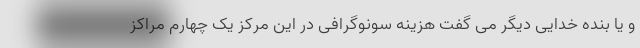
و یا بنده خدایی دیگر می گفت هزینه سونوگرافی در این مرکز یک چهارم مراکز